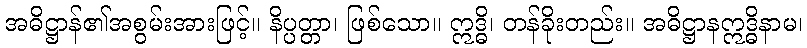
အဓိဋ္ဌာန်၏အစွမ်းအားဖြင့်။ နိပ္ပတ္တာ၊ ဖြစ်သော။ ဣဒ္ဓိ၊ တန်ခိုးတည်း။ အဓိဋ္ဌာနဣဒ္ဓိနာမ၊